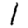
Digit: 1